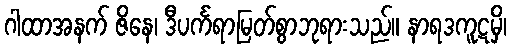
ဂါထာအနက် ဇိနေ၊ ဒီပင်္ကရာမြတ်စွာဘုရားသည်။ နာရဒကူဋမှိ၊